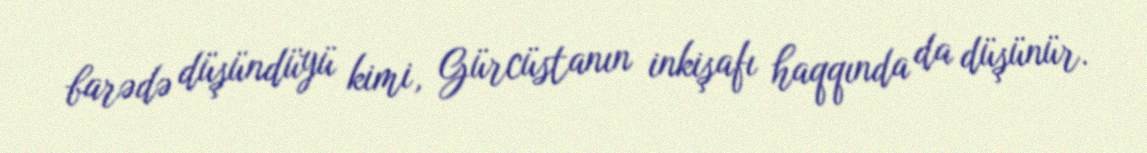
barədə düşündüyü kimi, Gürcüstanın inkişafı haqqında da düşünür.